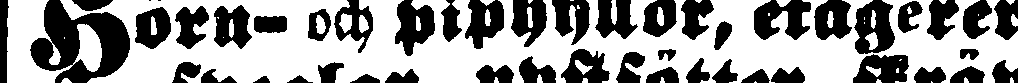
Horn- och piphyllor, etagerer